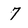
Character: 7